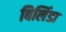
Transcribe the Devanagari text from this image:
बिलिंडा